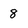
Character: 8